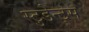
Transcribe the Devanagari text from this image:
स्टुडेन्ट्स